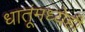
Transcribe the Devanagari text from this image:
धातूंमध्येही